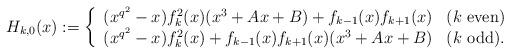
LaTeX: \begin{align*} H_{k,0}(x) : = \left\{\begin{array}{ll}(x^{q^2} - x) f_k^2(x)(x^3 + Ax + B) + f_{k-1}(x)f_{k+1}(x) & (k \textrm{ even)} \\(x^{q^2} - x)f_k^2(x) + f_{k-1}(x)f_{k+1}(x)(x^3 + Ax + B) & (k \textrm{ odd).}\end{array} \right. \end{align*}